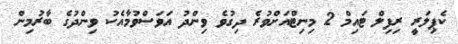
ކެޕިލަރީ ރިފިލް ޓައިމް 2 މިނިޓްއަށްވުރެ ދިގުވެ ވިންދު އަވަސްވުމާއެކު ވިންދުގެ ބާރުމިން